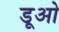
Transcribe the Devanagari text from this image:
डूओ